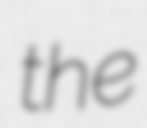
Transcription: the